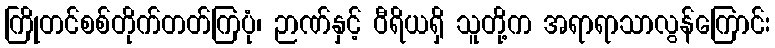
ကြိုတင်စစ်တိုက်တတ်ကြပုံ၊ ဉာဏ်နှင့် ဝီရိယရှိ သူတို့က အရာရာသာလွန်ကြောင်း